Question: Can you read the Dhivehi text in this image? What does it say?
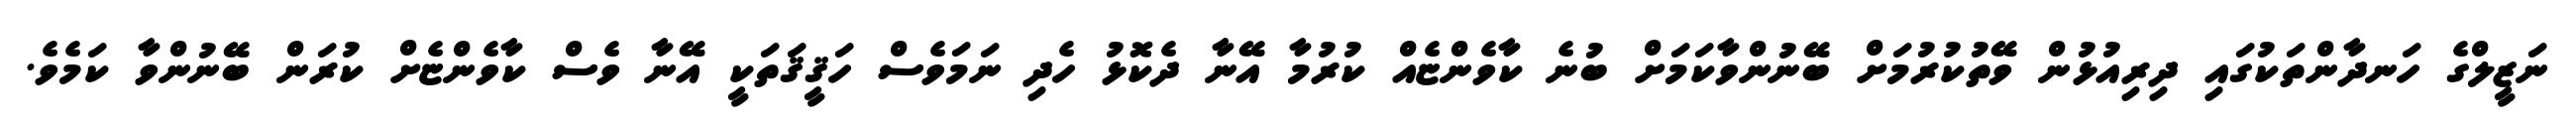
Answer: ނަޒީލްގެ ހަނދާންތަކުގައި ދިރިއުޅުން ވޭތުކުރުމަށް ބޭނުންވާކަމަށް ބުނެ ކާވެންޏެއް ކުރުމާ އޭނާ ދެކޮޅު ހެދި ނަމަވެސް ހަޤީޤަތަކީ އޭނާ ވެސް ކާވެންޏެށް ކުރަން ބޭނުންވާ ކަމެވެ.